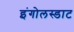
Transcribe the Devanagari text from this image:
इंगोलस्डाट